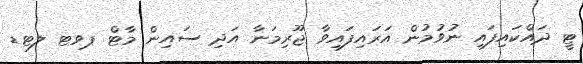
ޓީ ދައްކައިފައި ނުވުމުން އަރައިފައިވާ ޖޫރިމަނާ އަދި ސައިން މާޓް ޕވޓ ލޓޑ